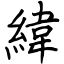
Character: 緯